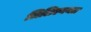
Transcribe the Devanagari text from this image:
लिलिएनथल